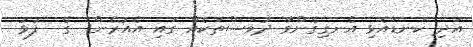
އަދި ކަނޑައެޅި އެނގިގެންވާ ދުވަސްތަކެއް ގައި އެއުރެން  ގެ  ފުޅު